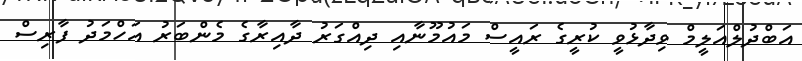
އަބްދުލްއަލީމް ވިދާޅުވީ ކުރީގެ ރައީސް މައުމޫނާއި ދިއްގަރު ދާއިރާގެ މެންބަރު އަހްމަދު ފާރިސް